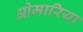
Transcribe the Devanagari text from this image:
ओमारिया